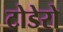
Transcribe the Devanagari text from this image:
टोडेरो